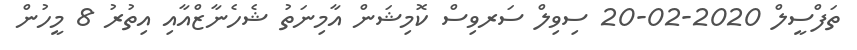
ތަފްސީލް 2020-02-20 ސިވިލް ސަރވިސް ކޮމިޝަން އާމިނަތު ޝެހެނާޒްއާއި އިތުރު 8 މީހުން